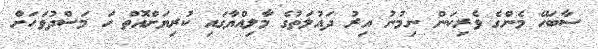
ސާބަހޭ މެންގެ ވެރިކަން ނިމުނު އިރު ދައުލަތުގެ މާލިއްޔާގައި ކުރިޔަށްއޮތް ހަ މަސްދުވަހަށް